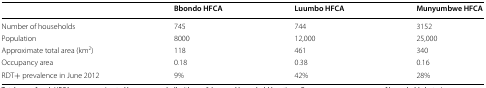
<table><thead><tr><td></td><td><b>Bbondo HFCA</b></td><td><b>Luumbo HFCA</b></td><td><b>Munyumbwe HFCA</b></td></tr></thead><tbody><tr><td>Number of households</td><td>745</td><td>744</td><td>3152</td></tr><tr><td>Population</td><td>8000</td><td>12,000</td><td>25,000</td></tr><tr><td>Approximate total area (km<sup>2</sup>)</td><td>118</td><td>461</td><td>340</td></tr><tr><td>Occupancy area</td><td>0.18</td><td>0.38</td><td>0.16</td></tr><tr><td>RDT+ prevalence in June 2012</td><td>9%</td><td>42%</td><td>28%</td></tr></tbody></table>